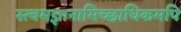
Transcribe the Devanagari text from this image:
स्त्वमज्ञानामिच्छाधिकमपि